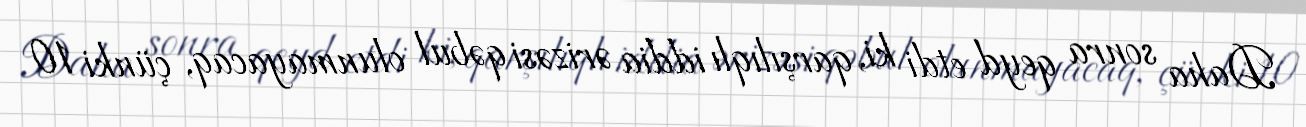
Daha sonra qeyd etdi ki, qarşılıqlı iddia ərizəsi qəbul olunmayacaq, çünki 10